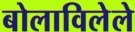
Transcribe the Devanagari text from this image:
बोलाविलेले